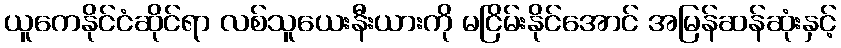
ယူကေနိုင်ငံဆိုင်ရာ လစ်သူယေးနီးယားကို မငြိမ်းနိုင်အောင် အမြန်ဆန်ဆုံးနှင့်